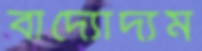
বাদ্যোদ্যম